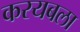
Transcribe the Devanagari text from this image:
करयबला